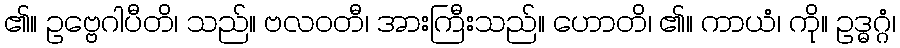
၏။ ဥဗ္ဗေဂါပီတိ၊ သည်။ ဗလဝတီ၊ အားကြီးသည်။ ဟောတိ၊ ၏။ ကာယံ၊ ကို။ ဥဒ္ဓဂ္ဂံ၊